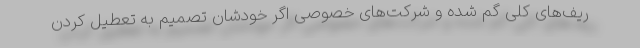
ریف‌های کلی گم شده و شرکت‌های خصوصی اگر خودشان تصمیم به تعطیل کردن